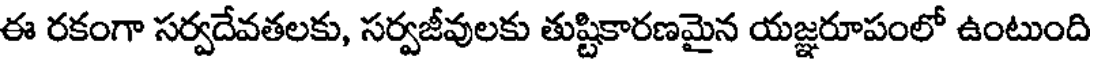
ఈ రకంగా సర్వదేవతలకు, సర్వజీవులకు తుష్టికారణమైన యజ్ఞరూపంలో ఉంటుంది